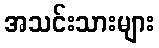
အသင်းသားများ